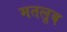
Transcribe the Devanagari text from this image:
मतलूब